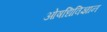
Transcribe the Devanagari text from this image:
ओषधिविज्ञान